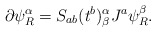
\begin{align*}\partial\psi^\alpha_R=S_{ab}(t^b)^\alpha_\beta J^a\psi^\beta_R .\end{align*}